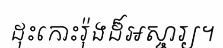
ដុះកោះរ៉ុងដ៏អស្ចារ្យ។